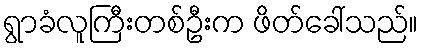
ရွာခံလူကြီးတစ်ဦးက ဖိတ်ခေါ်သည်။